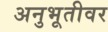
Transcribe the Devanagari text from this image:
अनुभूतीवर